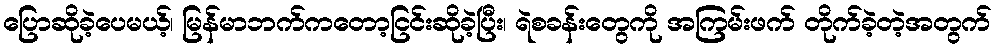
ပြောဆိုခဲ့ပေမယ့်၊ မြန်မာဘက်ကတော့ငြင်းဆိုခဲ့ပြီး၊ ရဲစခန်းတွေကို အကြမ်းဖက် တိုက်ခဲ့တဲ့အတွက်